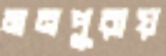
মনপুরায়